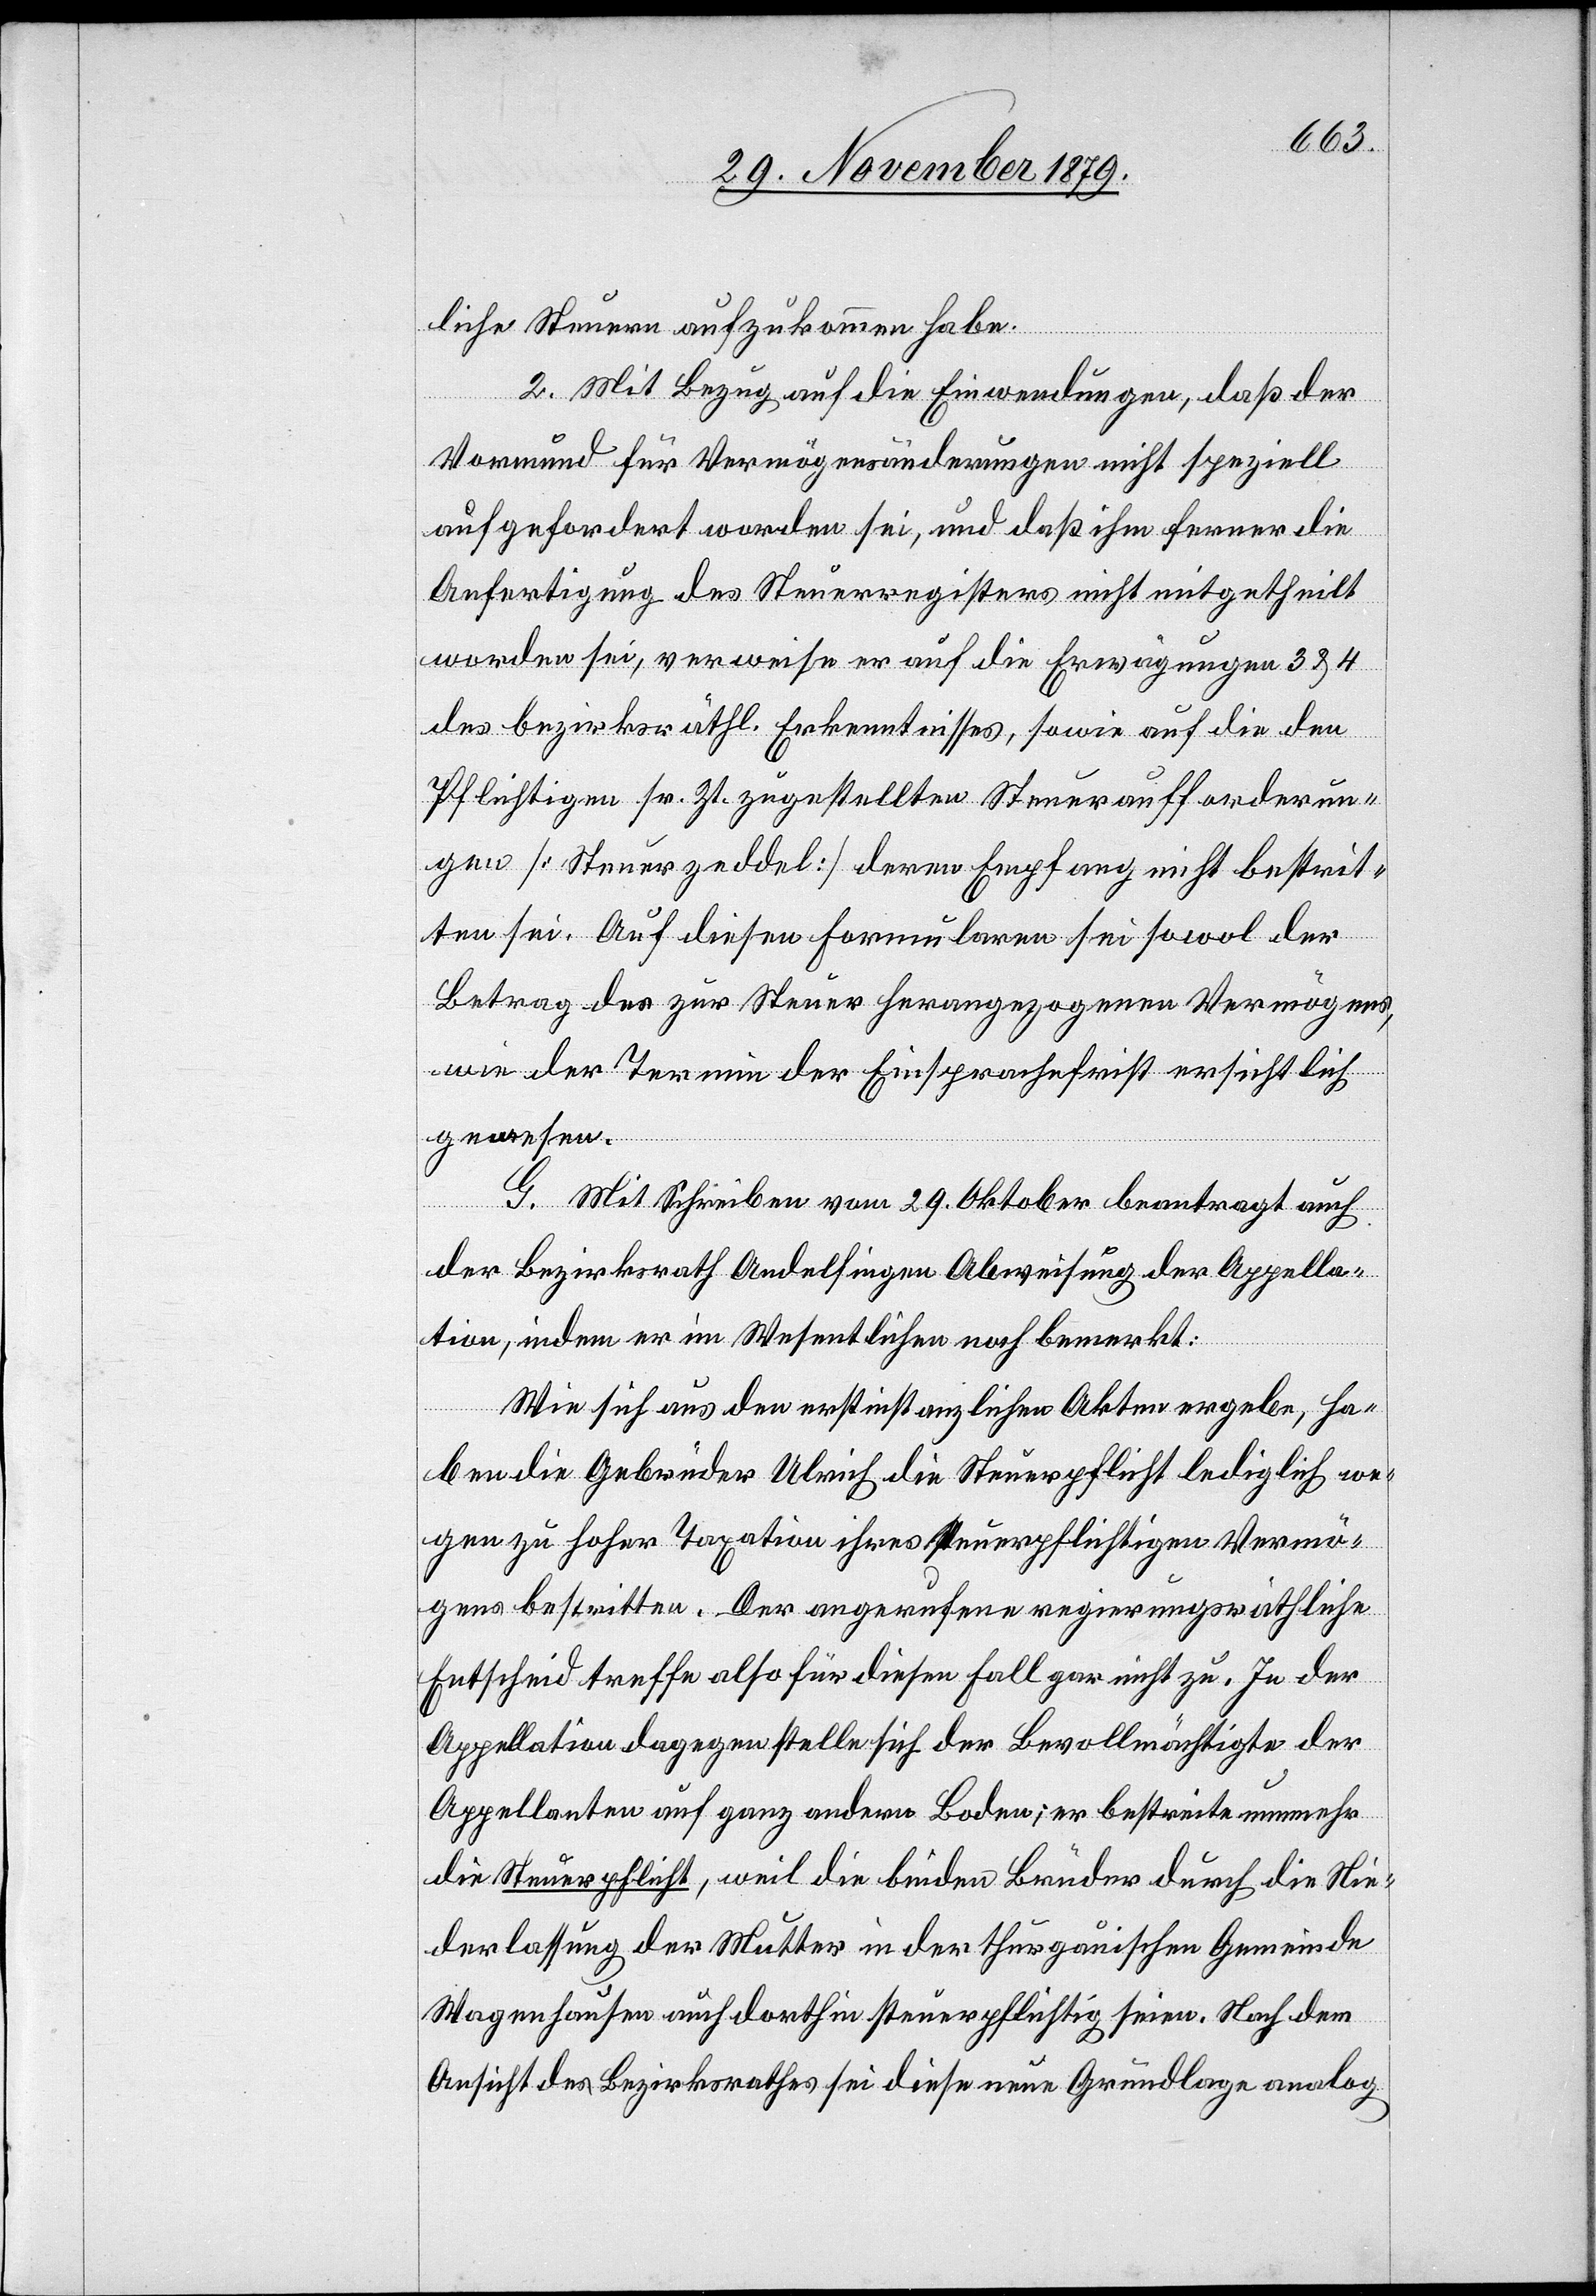
liche Steuern aufzukommen habe.
2. Mit Bezug auf die Einwendungen, daß der
Vormund für Vermögensänderungen nicht speziell
aufgefordert worden sei, und daß ihm ferner die
Anfertigung des Steuerregisters nicht mitgetheilt
worden sei, verweise er auf die Erwägungen 3 & 4
des bezirksräthl. Erkenntnisses, sowie auf die den
Pflichtigen sr. Zt. zugestellten Steueraufforderun¬
gen [Steuerzeddel] deren Empfang nicht bestrit¬
ten sei. Auf diesen Formularen sei sowol der
Betrag des zur Steuer herangezogenen Vermögens,
wie der Termin der Einsprachefrist ersichtlich
gewesen.
G. Mit Schreiben vom 29.Oktober beantragt auch
der Bezirksrath Andelfingen Abweisung der Appella¬
tion, indem er im Wesentlichen noch bemerkt:
Wie sich aus den erstinstanzlichen Akten ergebe, ha¬
ben die Gebrüder Ulrich die Steuerpflicht lediglich we¬
gen zu hoher Taxation ihres steuerpflichtigen Vermö¬
gens bestritten. Der angerufene regierungsräthliche
Entscheid treffe also für diesen Fall gar nicht zu. In der
Appellation dagegen stelle sich der Bevollmächtigte der
Appellanten auf ganz andern Boden; er bestreite nunmehr
die Steuerpflicht, weil die beiden Brüder durch die Nie¬
derlassung der Mutter in der thurgauischen Gemeinde
Wagenhausen auch forthin steuerpflichtig seien. Nach dem
Ansicht des Bezirksrathes sei diese neue Grundlage analog